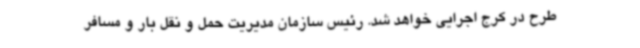
طرح در کرج اجرایی خواهد شد. رئیس سازمان مدیریت حمل و نقل بار و مسافر